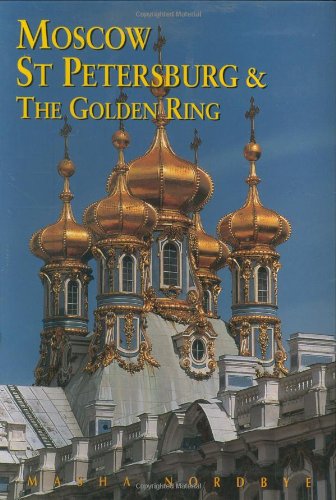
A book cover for Moscow, St. Petersburg, and the Golden Ring (Third Edition)  (Odyssey Illustrated Guides); Masha Nordbye; Travel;